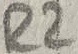
Text: R2